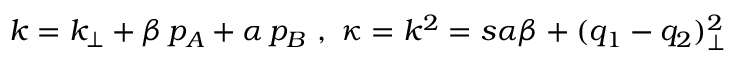
k = k _ { \perp } + \beta \, p _ { A } + \alpha \, p _ { B } \, \, , \, \, \kappa = k ^ { 2 } = s \alpha \beta + ( q _ { 1 } - q _ { 2 } ) _ { \perp } ^ { 2 }